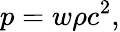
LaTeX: p=w\rho c^{2},